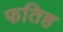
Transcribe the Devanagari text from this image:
फतिह